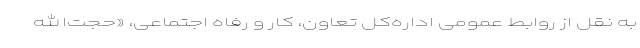
به نقل از روابط عمومی اداره‌کل تعاون، کار و رفاه اجتماعی، «حجت‌الله